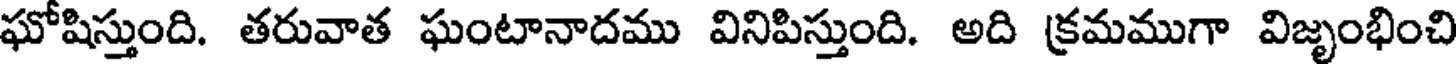
ఘోషిస్తుంది. తరువాత ఘంటానాదము వినిపిస్తుంది. అది క్రమముగా విజృంభించి